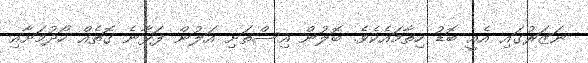
ނަޒަރުގައި އެއީ ބޮޑު ހިތާމައެކެވެ. ބޮލުން އިސްތަށި އަލުން ފަޅާނެ ގޮތެއް ހޯދުމަށާއި